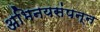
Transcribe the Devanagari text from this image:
अभिनयसंपन्‍न